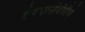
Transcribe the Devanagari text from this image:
देण्यासंबंधीचे